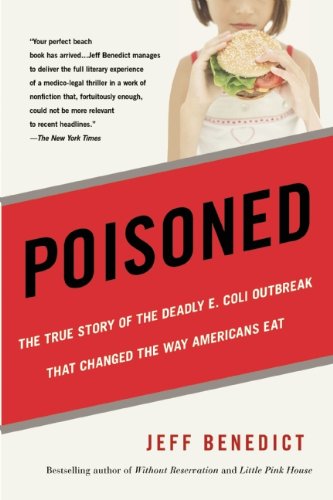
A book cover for Poisoned: The True Story of the Deadly E. Coli Outbreak That Changed the Way Americans Eat; Jeff Benedict; Health, Fitness & Dieting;